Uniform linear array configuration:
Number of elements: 24
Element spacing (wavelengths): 0.25
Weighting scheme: kaiser
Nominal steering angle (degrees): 60
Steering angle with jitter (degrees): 58.301
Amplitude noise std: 0.05
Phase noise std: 0.05

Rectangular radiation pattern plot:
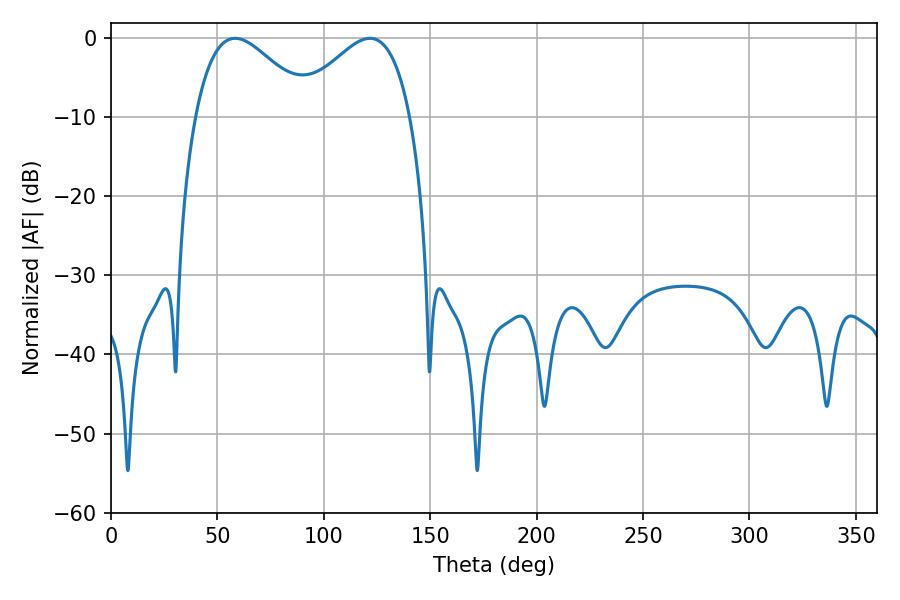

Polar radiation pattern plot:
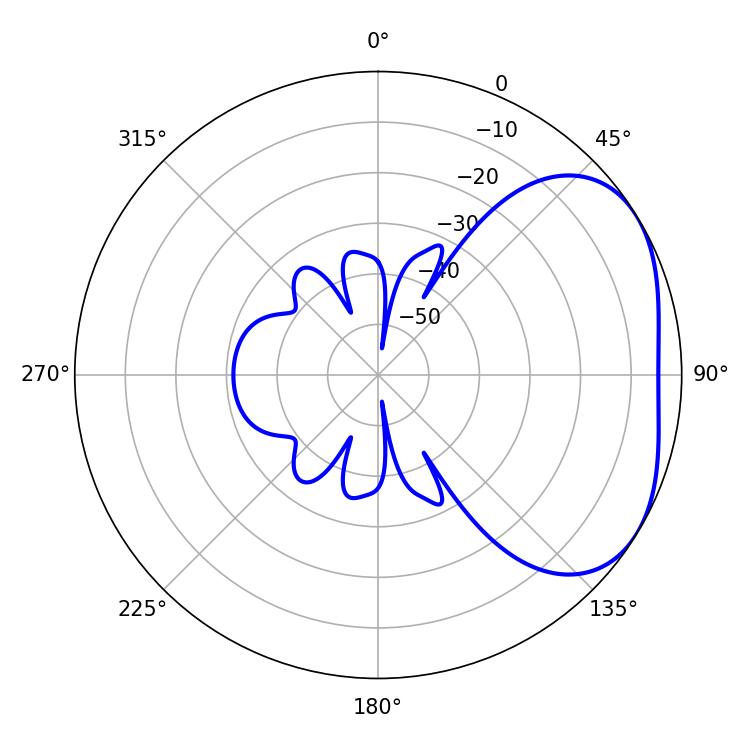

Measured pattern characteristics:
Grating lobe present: FALSE
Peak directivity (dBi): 3.243
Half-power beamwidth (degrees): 29.34
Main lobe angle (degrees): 58.32